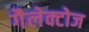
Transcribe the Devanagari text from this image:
गैलेक्टोज